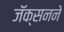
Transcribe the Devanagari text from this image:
जॅक्सनने